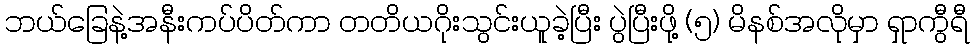
ဘယ်ခြေနဲ့အနီးကပ်ပိတ်ကာ တတိယဂိုးသွင်းယူခဲ့ပြီး ပွဲပြီးဖို့ (၅) မိနစ်အလိုမှာ ရှာကွီရီ